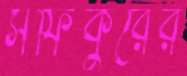
সফিকুরের